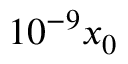
1 0 ^ { - 9 } x _ { 0 }